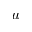
u